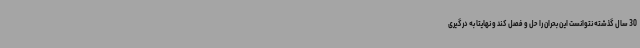
30 سال گذشته نتوانست این بحران را حل و فصل کند و نهایتاً به درگیری